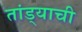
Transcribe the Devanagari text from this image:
तांड्याची